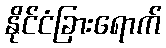
နိုင်ငံခြားရောက်